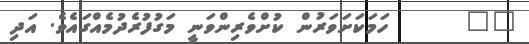
٤٧      ހަމަކަށަވަރުން ކުށްވެރިންވަނީ މަގުފުރެދުމެއްގައެވެ. އަދި